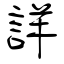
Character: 詳